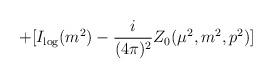
LaTeX: \begin{align*}+[I_{\log }(m^{2})-\frac{i}{(4\pi )^{2}}Z_{0}(\mu ^{2},m^{2},p^{2})]\end{align*}